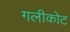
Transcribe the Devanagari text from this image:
गलीकोट